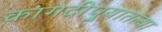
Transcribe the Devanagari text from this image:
कागदीपुर्‍यातल्या